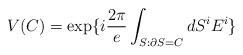
LaTeX: \begin{align*}V(C)=\exp\{i \frac{2\pi}{e} \int_{S: \partial S=C} dS^iE^i\}\end{align*}